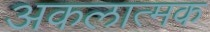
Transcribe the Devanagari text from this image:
अकलात्मक